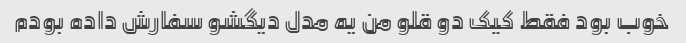
خوب بود فقط کیک دو قلو من یه مدل دیگشو سفارش داده بودم